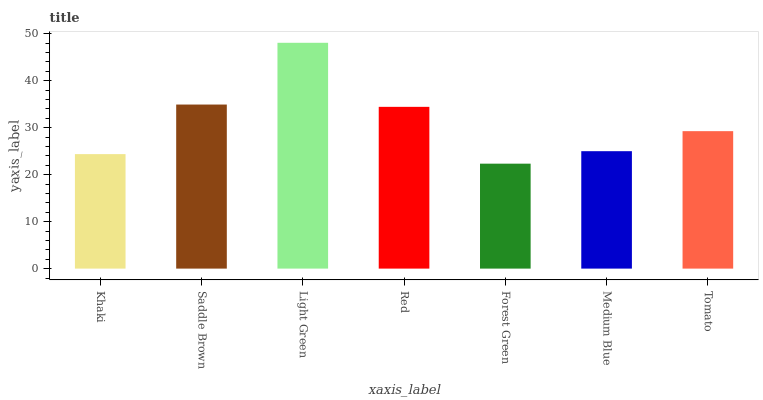
| xaxis_label | bars |
 | --- | --- |
 | Khaki | 24.4 |
 | Saddle Brown | 34.9 |
 | Light Green | 48.1 |
 | Red | 34.4 |
 | Forest Green | 22.3 |
 | Medium Blue | 25 |
 | Tomato | 29.3 |